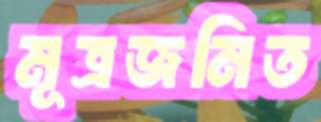
মূত্রজনিত